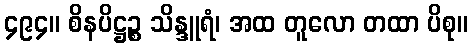
၄၉၄။ စိနပိဋ္ဌဉ္စ သိန္ဒူရံ၊ အထ တူလော တထာ ပိစု။